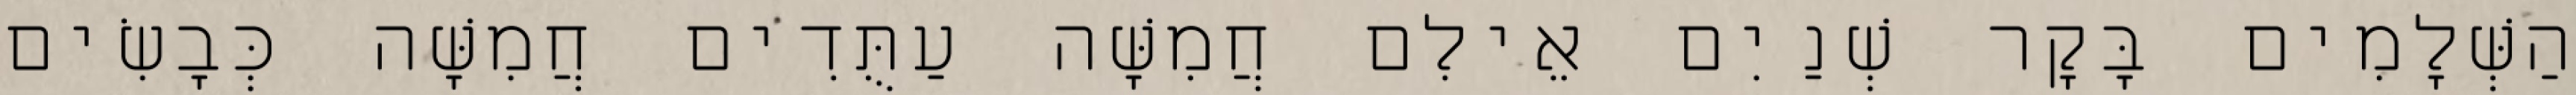
הַשְּׁלָמִים בָּקָר שְׁנַיִם אֵילִם חֲמִשָּׁה עַתֻּדִים חֲמִשָּׁה כְּבָשִׂים